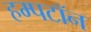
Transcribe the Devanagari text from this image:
हम्पटॉन